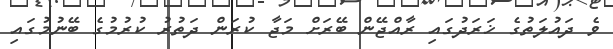
ވެ ދައުލަތުގެ ޚަރަދުގައި ރާއްޖޭން ބޭރަށް މަޖާ ކުރަން ދަތުުރު ކުރުމުގެ ބޭނުމުގައި